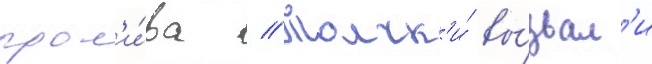
прол'и́ва // Толчк'и́ вы́звал'и